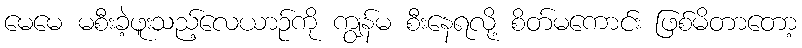
မေမေ မစီးခဲ့ဖူးသည့်လေယာဉ်ကို ကျွန်မ စီးနေရလို့ စိတ်မကောင်း ဖြစ်မိတာတော့